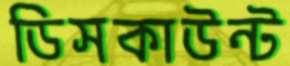
ডিসকাউন্ট